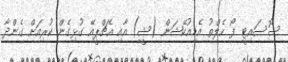
ސޮސައިޓީ ފޯ ހެލްތު އެޑިއުކޭޝަން (ޝީ) އާއި އެޗްޕީއޭ ގުޅިގެން ކުރިއަށް ގެންދާ